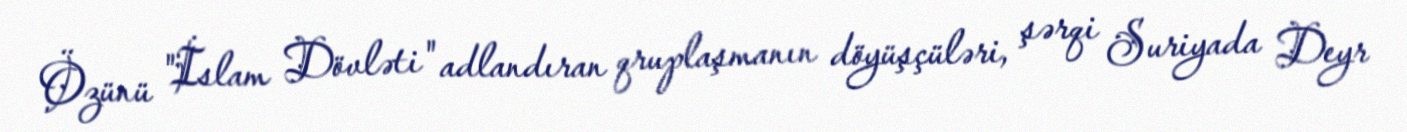
Özünü "İslam Dövləti" adlandıran qruplaşmanın döyüşçüləri, şərqi Suriyada Deyr